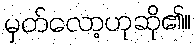
မှတ်လော့ဟုဆို၏။